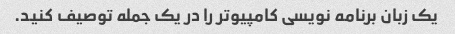
یک زبان برنامه نویسی کامپیوتر را در یک جمله توصیف کنید.